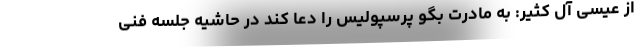
از عیسی آل کثیر: به مادرت بگو پرسپولیس را دعا کند در حاشیه جلسه فنی